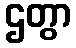
ဌတွာ